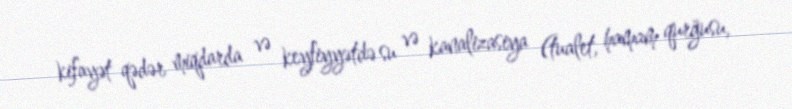
kifayət qədər miqdarda və keyfiyyətdə su və kanalizasiya (tualet, hamam qurğusu,